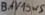
Text: BAV19WS